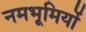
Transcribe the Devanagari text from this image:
नमभूमियों